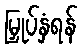
မြှုပ်နှံရန်